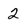
Character: 2